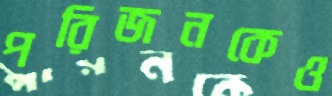
পরিজনকেও